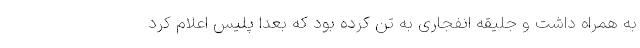
به همراه داشت و جلیقه انفجاری به تن کرده بود که بعدا پلیس اعلام کرد